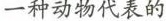
一种动物代表的